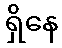
ရှိနေ